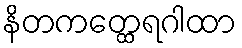
နိတကတ္ထေရဂါထာ